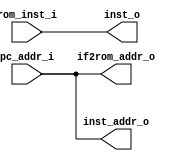
module ifetch(
    // from PC 
    input wire[31:0] pc_addr_i,
    // from ROM ROM
    input wire[31:0] rom_inst_i,
    // to ROM ROM
    output wire[31:0] if2rom_addr_o,
    // to if_id addrinst
    output wire[31:0] inst_addr_o,
    output wire[31:0] inst_o
);

    assign if2rom_addr_o = pc_addr_i; //PCROM

    assign inst_addr_o = pc_addr_i; //PC

    assign inst_o = rom_inst_i; //ROM


endmodule